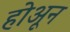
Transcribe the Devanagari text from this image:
होअून